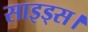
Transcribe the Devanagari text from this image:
साइड्स।